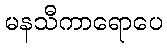
မနသီကာရောပေ